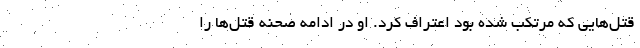
قتل‌هایی که مرتکب شده بود اعتراف کرد. او در ادامه صحنه قتل‌ها را